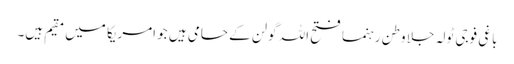
باغی فوجی ٹولہ جلا وطن رہنما فتح اللہ گولن کے حامی ہیں جو امریکا میں مقیم ہیں۔